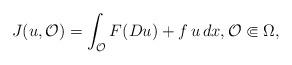
LaTeX: \begin{align*}J(u, {\mathcal O})=\int_{\mathcal O} F(Du)+f\, u\, dx, {\mathcal O}\Subset\Omega,\end{align*}